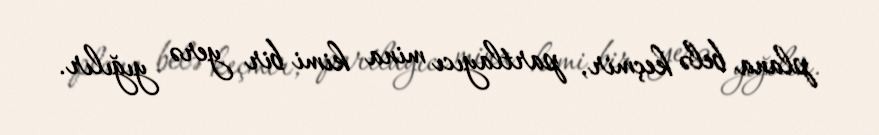
plana belə keçmir, partlayıcı mina kimi bir yerə yığılır.